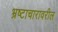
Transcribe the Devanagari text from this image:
भ्रष्टाचारावरील